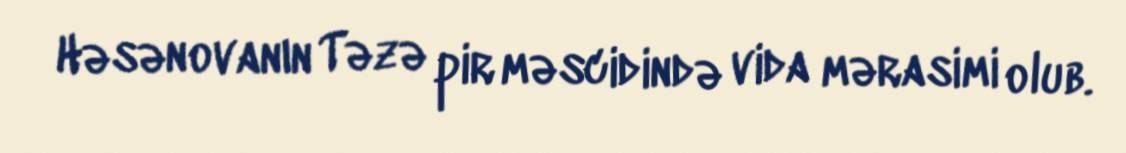
Həsənovanın Təzə pir məscidində vida mərasimi olub.